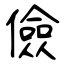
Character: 儉